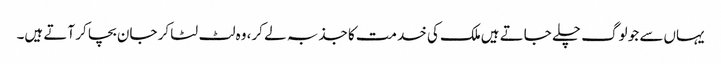
یہاں‌سے جو لوگ چلے جاتے ہیں‌ملک کی خدمت کا جذبہ لے کر، وہ لٹ لٹا کر جان بچا کر آتے ہیں۔